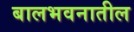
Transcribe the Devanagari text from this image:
बालभवनातील